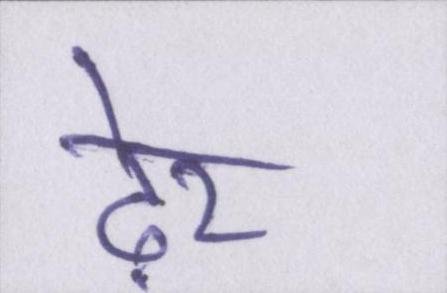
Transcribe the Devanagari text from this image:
ढ़ेर